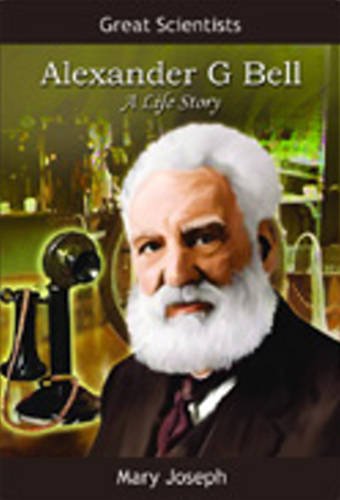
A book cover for Alexander Graham Bell (Scientists of the World); Mary Joseph; Children's Books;